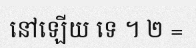
នៅឡើយ ទេ ។ ២ =